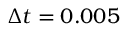
\Delta t = 0 . 0 0 5